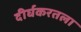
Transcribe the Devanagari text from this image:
दीर्घकरतला